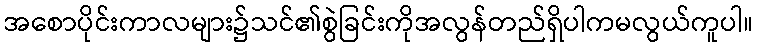
အစောပိုင်းကာလများ၌သင်၏စွဲခြင်းကိုအလွန်တည်ရှိပါကမလွယ်ကူပါ။